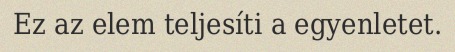
Ez az elem teljesíti a egyenletet.